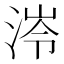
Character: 𭰰